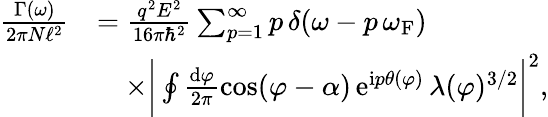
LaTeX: \begin{array}{rl}{\frac{\Gamma(\omega)}{2\pi N\ell^{2}}}&{=\frac{q^{2}E^{2}}{16\pi\hbar^{2}}\sum_{p=1}^{\infty}p\, \delta(\omega-p\, \omega_{\mathrm{F}})}\\ &{\quad\times\bigg|\oint\frac{\mathrm{d}\varphi}{2\pi}\cos(\varphi-\alpha)\, \mathrm{e}^{\mathrm{i}p\theta(\varphi)}\, \lambda(\varphi)^{3/2}\bigg|^{2},}\end{array}